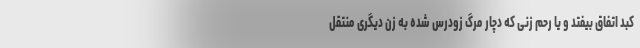
کبد اتفاق بیفتد و یا رحم زنی که دچار مرگ زودرس شده به زن دیگری منتقل